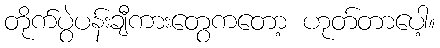
တိုက်ပွဲပန်းချီကားတွေကတော့ ဟုတ်တာပေါ့။